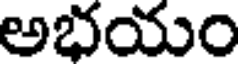
అభయం